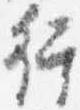
行